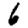
Digit: 6